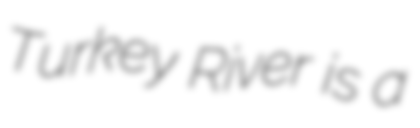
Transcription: Turkey River is a